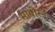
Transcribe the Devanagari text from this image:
मावीरन